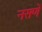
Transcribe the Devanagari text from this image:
नसणें